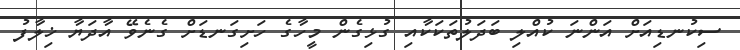
ސިކުނޑިއަށް އަންނަ ކުއްލި ބަދަލުތަކަކާއި ގުޅިގެން މީހާގެ ހަށިގަނޑަށް ގެނެވޭ އާދަޔާ ޚިލާފު